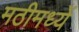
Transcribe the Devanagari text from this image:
मठीमध्यें